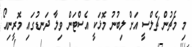
މި މެޗުން ޗެލްސީ އަށް ލިބުނު މޮޅަކީ އެސްޓަން ވިލާ ދަނޑުގައި މޮރީނިއޯ